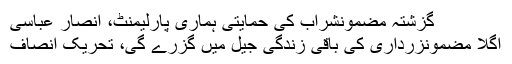
گزشتہ مضمونشراب کی حمایتی ہماری پارلیمنٹ، انصار عباسی
اگلا مضمونزرداری کی باقی زندگی جیل میں گزرے گی، تحریک انصاف